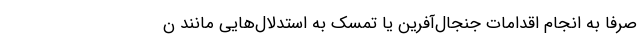
صرفا به انجام اقدامات جنجال‌آفرین یا تمسک به استدلال‌هایی مانند ن